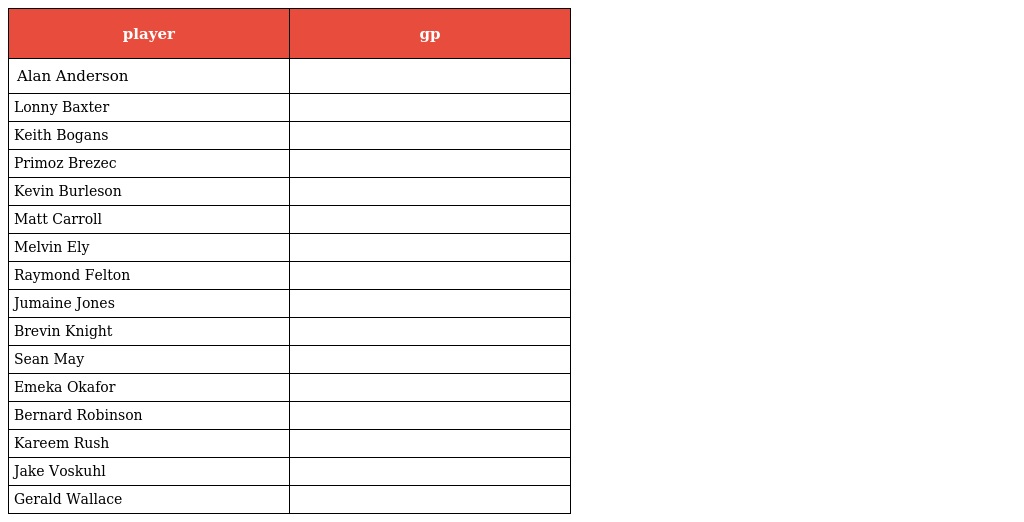
| player | gp |
 | --- | --- |
 | Alan Anderson |  |
 | Lonny Baxter |  |
 | Keith Bogans |  |
 | Primoz Brezec |  |
 | Kevin Burleson |  |
 | Matt Carroll |  |
 | Melvin Ely |  |
 | Raymond Felton |  |
 | Jumaine Jones |  |
 | Brevin Knight |  |
 | Sean May |  |
 | Emeka Okafor |  |
 | Bernard Robinson |  |
 | Kareem Rush |  |
 | Jake Voskuhl |  |
 | Gerald Wallace |  |